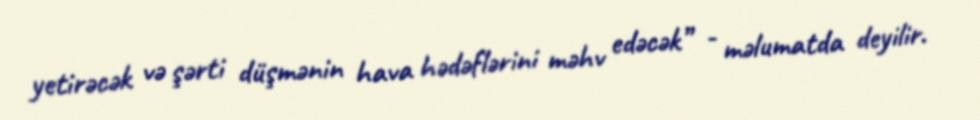
yetirəcək və şərti düşmənin hava hədəflərini məhv edəcək” - məlumatda deyilir.